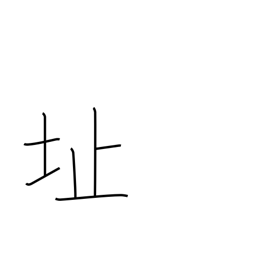
Meaning: ruins